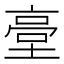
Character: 𡎲